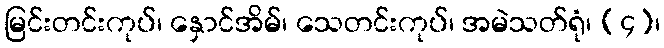
မြင်းတင်းကုပ်၊ နှောင်အိမ်၊ သေတင်းကုပ်၊ အမဲသတ်ရုံ၊ (၄)၊